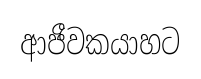
ආජීවකයාහට